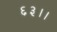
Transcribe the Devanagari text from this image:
६३।।